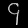
Digit: ၄